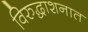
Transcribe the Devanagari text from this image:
विरुद्धाशनात